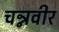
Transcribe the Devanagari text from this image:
चन्नवीर